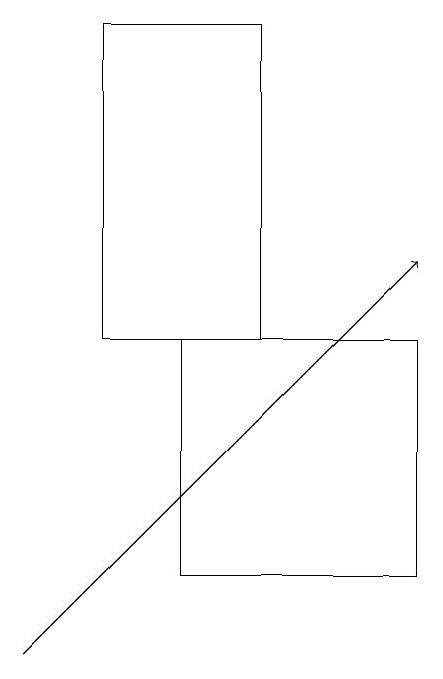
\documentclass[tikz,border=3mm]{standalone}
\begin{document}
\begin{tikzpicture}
\draw (2,19) rectangle (4,15);
\draw (6,12) rectangle (3,15);
\draw[->] (1,11) -- (6,16);
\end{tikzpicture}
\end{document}